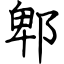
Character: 郫